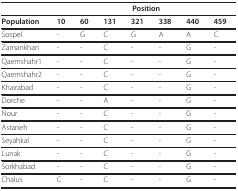
<table><thead><tr><td></td><td colspan="7"><b>Position</b></td></tr></thead><tbody><tr><td><b>Population</b></td><td><b>10</b></td><td><b>60</b></td><td><b>131</b></td><td><b>321</b></td><td><b>338</b></td><td><b>440</b></td><td><b>459</b></td></tr><tr><td>Sospel</td><td>-</td><td>G</td><td>C</td><td>G</td><td>A</td><td>A</td><td>C</td></tr><tr><td>Zamankhan</td><td>-</td><td>-</td><td>C</td><td>-</td><td>-</td><td>G</td><td>-</td></tr><tr><td>Qaemshahr1</td><td>-</td><td>-</td><td>C</td><td>-</td><td>-</td><td>G</td><td>-</td></tr><tr><td>Qaemshahr2</td><td>-</td><td>-</td><td>C</td><td>-</td><td>-</td><td>G</td><td>-</td></tr><tr><td>Khairabad</td><td>-</td><td>-</td><td>C</td><td>-</td><td>-</td><td>G</td><td>-</td></tr><tr><td>Dorche</td><td>-</td><td>-</td><td>A</td><td>-</td><td>-</td><td>G</td><td>-</td></tr><tr><td>Nour</td><td>-</td><td>-</td><td>C</td><td>-</td><td>-</td><td>G</td><td>-</td></tr><tr><td>Astaneh</td><td>-</td><td>-</td><td>C</td><td>-</td><td>-</td><td>G</td><td>-</td></tr><tr><td>Seyahkal</td><td>-</td><td>-</td><td>C</td><td>-</td><td>-</td><td>G</td><td>-</td></tr><tr><td>Lunak</td><td>-</td><td>-</td><td>C</td><td>-</td><td>-</td><td>G</td><td>-</td></tr><tr><td>Sorkhabad</td><td>-</td><td>-</td><td>C</td><td>-</td><td>-</td><td>G</td><td>-</td></tr><tr><td>Chalus</td><td>C</td><td>-</td><td>C</td><td>-</td><td>-</td><td>G</td><td>-</td></tr></tbody></table>